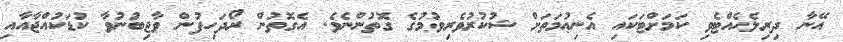
އޭނާ ދިރިލެހެއްޓެވި ކަމަށްޓަކައި އެނިޢުމަތަށް ޝުކުރުވެރިވުމުގެ ގޮތުންނެވެ. އެގޮތުން ރޯދަހިފުން ވާޖިބުނުވާ ކުޑަކުއްޖާއާއި